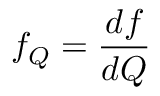
f _ { Q } = \frac { d f } { d Q }